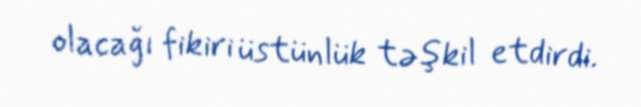
olacağı fikiri üstünlük təşkil etdirdi.